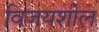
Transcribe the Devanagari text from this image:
विजयशील